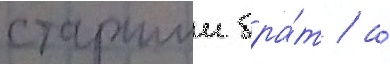
старшии бра́т / а́